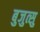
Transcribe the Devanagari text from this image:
बुजुत्सु